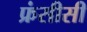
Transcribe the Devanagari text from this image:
फ्रंसीसी